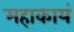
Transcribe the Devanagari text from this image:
महाकायं